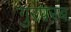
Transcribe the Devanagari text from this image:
गुरपरब